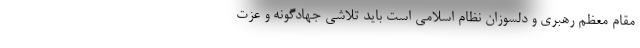
مقام معظم رهبری و دلسوزان نظام اسلامی است باید تلاشی جهادگونه و عزت